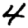
Digit: 4